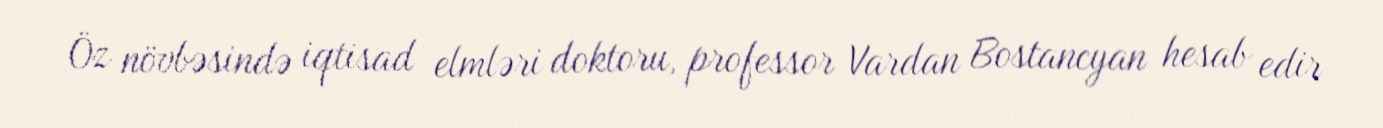
Öz növbəsində iqtisad elmləri doktoru, professor Vardan Bostancyan hesab edir